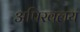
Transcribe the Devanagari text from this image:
अपिरवलय